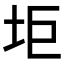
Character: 𱖑